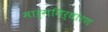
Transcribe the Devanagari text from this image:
मार्गनिर्धारण